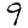
Digit: 9